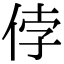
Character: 侼